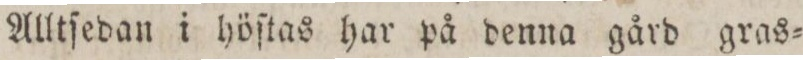
Alltſedan i höſtas har på denna gård gras=